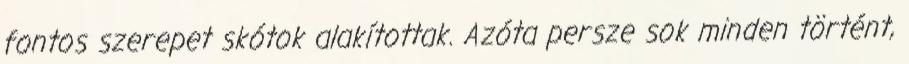
fontos szerepet skótok alakítottak. Azóta persze sok minden történt,